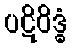
ပဋိဝိဒ္ဓံ